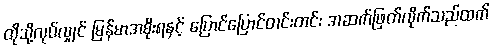
ထိုသို့လုပ်လျှင် မြန်မာအစိုးရနှင့် ပြောင်ပြောင်တင်းတင်း အဆက်ဖြတ်လိုက်သည်ထက်